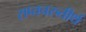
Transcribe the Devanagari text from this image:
सप्तचरुतीर्थ